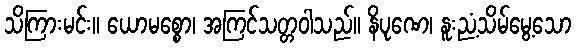
သိကြားမင်း။ ယောမစ္စော၊ အကြင်သတ္တဝါသည်။ နိပုဏေ၊ နူးညံ့သိမ်မွေ့သော